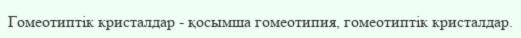
Гомеотиптік кристалдар - қосымша гомеотипия, гомеотиптік кристалдар.